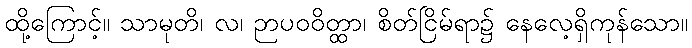
ထို့ကြောင့်။ သာမုတိ၊ လ၊ ဉာပဝဝိတ္ထာ၊ စိတ်ငြိမ်ရာ၌ နေလေ့ရှိကုန်သော။